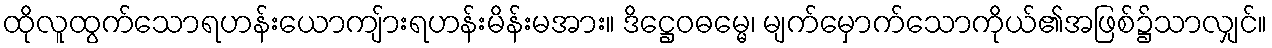
ထိုလူထွက်သောရဟန်းယောကျ်ားရဟန်းမိန်းမအား။ ဒိဋ္ဌေဝဓမ္မေ၊ မျက်မှောက်သောကိုယ်၏အဖြစ်၌သာလျှင်။